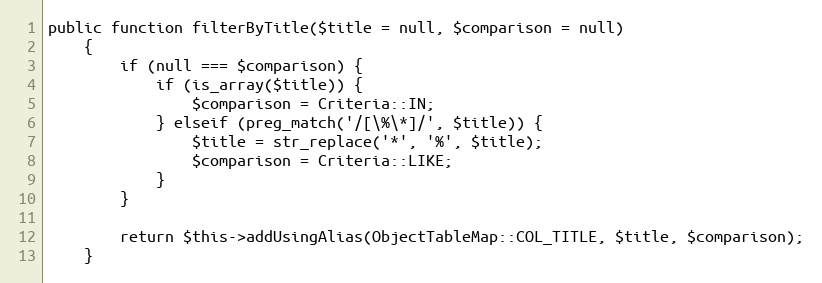
Language: PHP
public function filterByTitle($title = null, $comparison = null)
    {
        if (null === $comparison) {
            if (is_array($title)) {
                $comparison = Criteria::IN;
            } elseif (preg_match('/[\%\*]/', $title)) {
                $title = str_replace('*', '%', $title);
                $comparison = Criteria::LIKE;
            }
        }

        return $this->addUsingAlias(ObjectTableMap::COL_TITLE, $title, $comparison);
    }